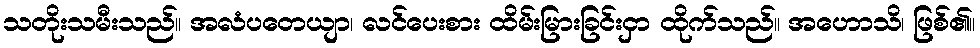
သတိုးသမီးသည်။ အလံပတေယျာ၊ လင်ပေးစား ထိမ်းမြားခြင်းငှာ ထိုက်သည်။ အဟောသိ၊ ဖြစ်၏။